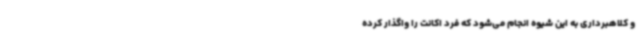
و کلاهبرداری به این شیوه انجام می‌شود که فرد اکانت را واگذار کرده